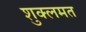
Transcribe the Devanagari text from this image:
शुक्लमत